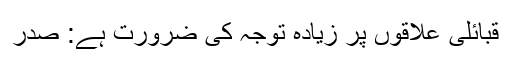
قبائلی علاقوں پر زیادہ توجہ کی ضرورت ہے: صدر